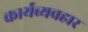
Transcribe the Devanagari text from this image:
कार्यव्यवहार